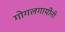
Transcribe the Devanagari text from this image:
गोगलगायींनी